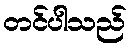
တင်ပါသည်